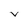
Character: V